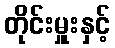
တိုင်းမှူးနှင့်